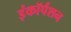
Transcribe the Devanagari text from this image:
इंकॉर्पशन